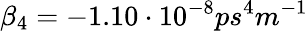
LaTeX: \beta_{4}=-1.10\cdot 10^{-8}ps^{4}m^{-1}